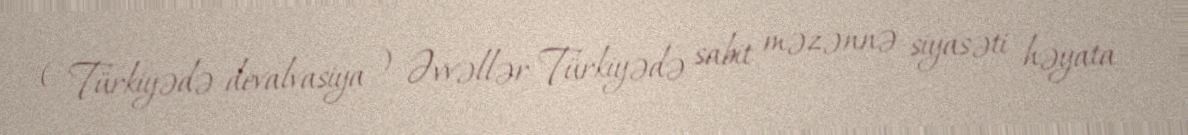
( Türkiyədə devalvasiya ) Əvvəllər Türkiyədə sabit məzənnə siyasəti həyata